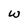
Character: w